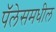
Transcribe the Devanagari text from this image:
पॅलेसमधील